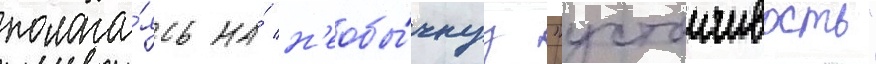
полага́ясь на́ н'еобы́чнуу "устоичивость"